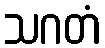
သဂတံ